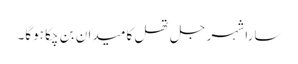
سارا شہر جل تھل کا میدان بن چکا ہوگا۔